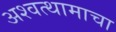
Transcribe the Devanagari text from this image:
अश्वत्थामाचा